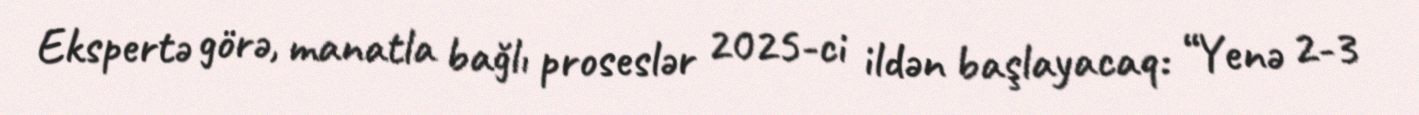
Ekspertə görə, manatla bağlı proseslər 2025-ci ildən başlayacaq: “Yenə 2-3